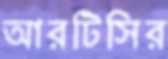
আরটিসির